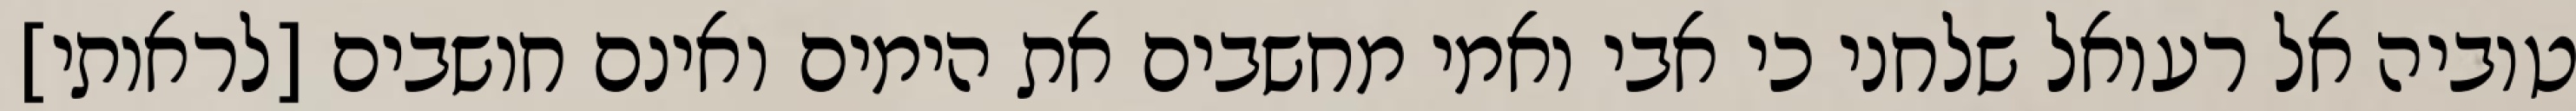
טוביה אל רעואל שלחני כי אבי ואמי מחשבים את הימים ואינם חושבים [לראותי]